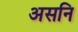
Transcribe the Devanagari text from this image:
असनि